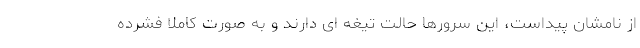
از نامشان پیداست، این سرورها حالت تیغه ای دارند و به صورت کاملا فشرده